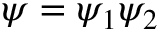
\psi = \psi _ { 1 } \psi _ { 2 }